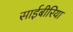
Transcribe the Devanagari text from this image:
साईबीरिया